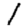
Digit: 1